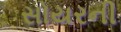
સોયરની